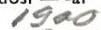
1900